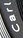
Carl